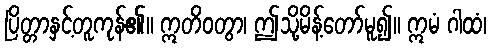
ပြိတ္တာနှင့်တူကုန်၏။ ဣတိဝတွာ၊ ဤသို့မိန့်တော်မူ၍။ ဣမံ ဂါထံ၊